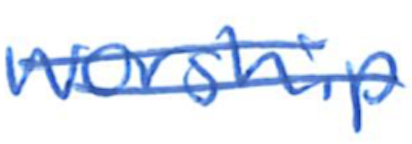
Text: worship
Cross-out: double-line
Writing tool: ballpoint